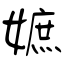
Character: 嫬